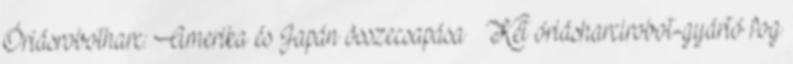
Óriásrobotharc: Amerika és Japán összecsapása » Két óriásharcirobot-gyártó fog